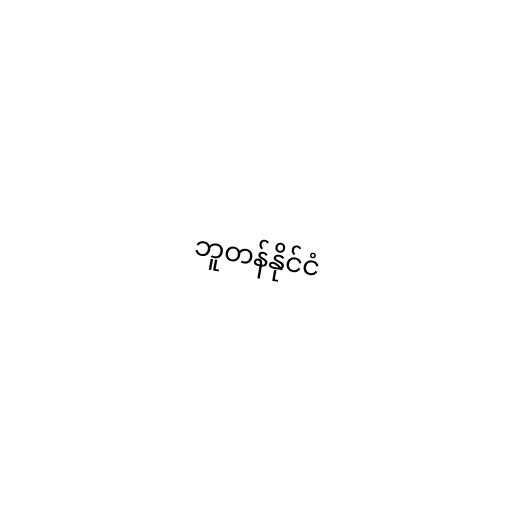
ဘူတန်နိုင်ငံ